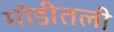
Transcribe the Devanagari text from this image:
मोडीतली